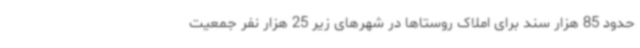
حدود 85 هزار سند برای املاک روستاها در شهرهای زیر 25 هزار نفر جمعیت